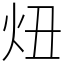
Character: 炄